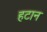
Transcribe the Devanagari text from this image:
हटान